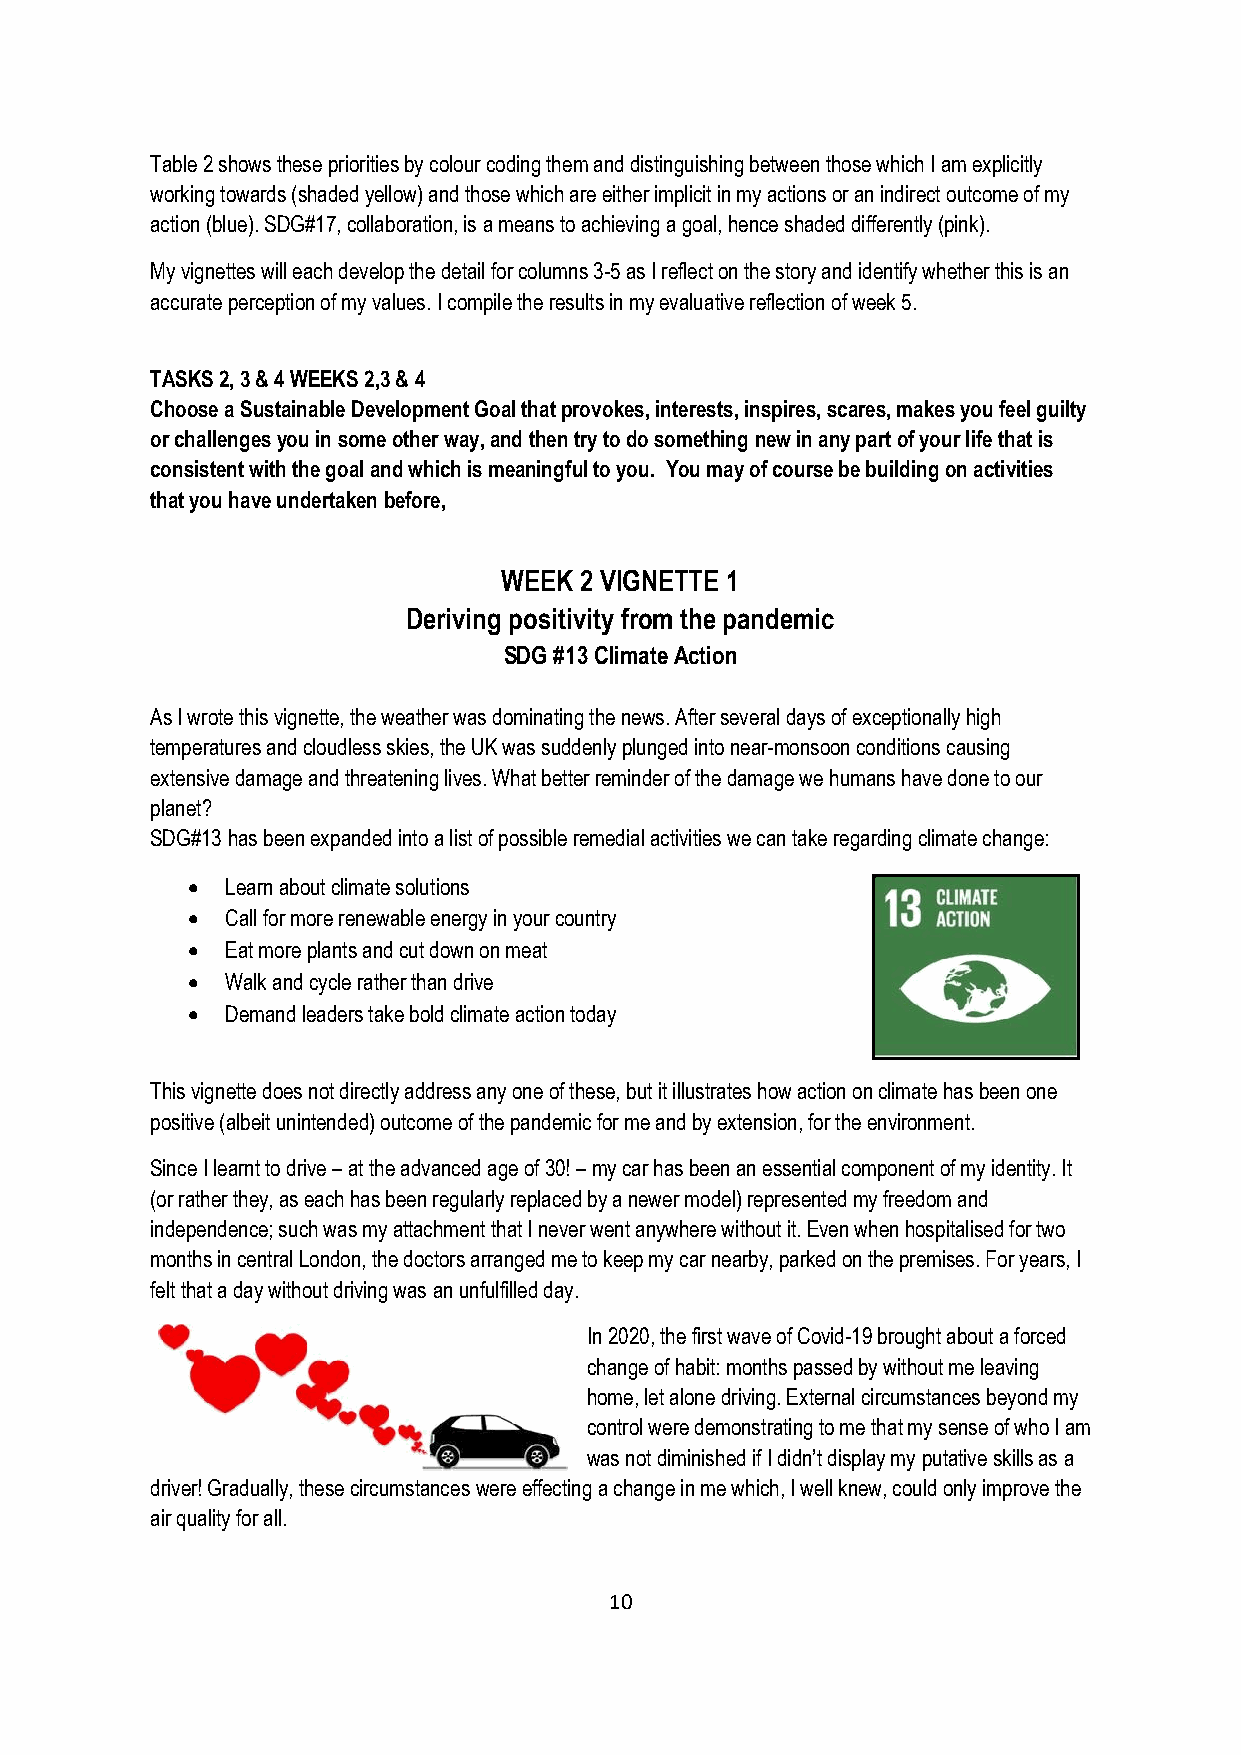
Table 2 shows these priorities by colour coding them and distinguishing between those which I am explicitly
 working towards (shaded yellow) and those which are either implicit in my actions or an indirect outcome of my
 action (blue). SDG#17, collaboration, is a means to achieving a goal, hence shaded differently (pink).
 My vignettes will each develop the detail for columns 3-5 as I reflect on the story and identify whether this is an
 accurate perception of my values. I compile the results in my evaluative reflection of week 5.
 TASKS 2, 3 & 4 WEEKS 2,3 & 4
 Choose a Sustainable Development Goal that provokes, interests, inspires, scares, makes you feel guilty
 or challenges you in some other way, and then try to do something new in any part of your life that is
 consistent with the goal and which is meaningful to you. You may of course be building on activities
 that you have undertaken before,
 WEEK 2 VIGNETTE 1
 Deriving positivity from the pandemic
 SDG #13 Climate Action
 As I wrote this vignette, the weather was dominating the news. After several days of exceptionally high
 temperatures and cloudless skies, the UK was suddenly plunged into near-monsoon conditions causing
 extensive damage and threatening lives. What better reminder of the damage we humans have done to our
 planet?
 SDG#13 has been expanded into a list of possible remedial activities we can take regarding climate change:
 •  Learn about climate solutions
 •  Call for more renewable energy in your country
 •  Eat more plants and cut down on meat
 •  Walk and cycle rather than drive
 •  Demand leaders take bold climate action today
 This vignette does not directly address any one of these, but it illustrates how action on climate has been one
 positive (albeit unintended) outcome of the pandemic for me and by extension, for the environment.
 Since I learnt to drive – at the advanced age of 30! – my car has been an essential component of my identity. It
 (or rather they, as each has been regularly replaced by a newer model) represented my freedom and
 independence; such was my attachment that I never went anywhere without it. Even when hospitalised for two
 months in central London, the doctors arranged me to keep my car nearby, parked on the premises. For years, I
 felt that a day without driving was an unfulfilled day.
 In 2020, the first wave of Covid-19 brought about a forced
 change of habit: months passed by without me leaving
 home, let alone driving. External circumstances beyond my
 control were demonstrating to me that my sense of who I am
 was not diminished if I didn’t display my putative skills as a
 driver! Gradually, these circumstances were effecting a change in me which, I well knew, could only improve the
 air quality for all.
 10